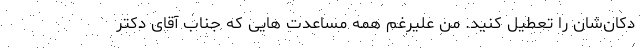
دکان‌شان را تعطیل کنید. من علیرغم همه مساعدت هایی که جناب آقای دکتر